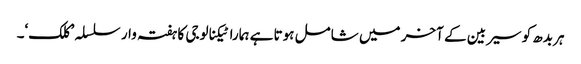
ہر بدھ کو سیربین کے آخر میں شامل ہوتا ہے ہمارا ٹیکنالوجی کا ہفتہ وار سلسلہ ’کلک‘۔